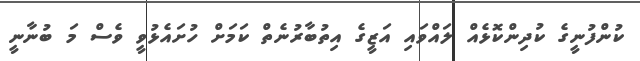
ކުންފުނީގެ ކުދިންކޮޅެއް ލައްވައި އަޒީގެ އިތުބާރުނެތް ކަމަށް ހުށައެޅުވީ ވެސް މަ ބުނާނީ